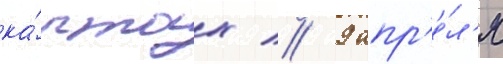
ка́ртах // 9 апр'е́л'я